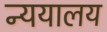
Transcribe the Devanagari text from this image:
न्ययालय